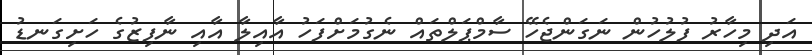
އަދި މިހާރު ފުލުހުން ނަގަންޖެހޭ ސާމްޕަލްތައް ނެގުމަށްފަހު އާއިލާ އާއި ނާފިޒުގެ ހަށިގަނޑު